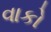
વાકો